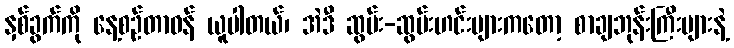
နှစ်ခွက်ကို နေ့စဉ်တာဝန် ယူပါတယ်၊ အဲဒီ ဆွမ်း-ဆွမ်းဟင်းများကတော့ စာချဘုန်းကြီးများနဲ့